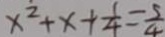
x ^ { 2 } + x + \frac { 1 } { 4 } = \frac { 5 } { 4 }